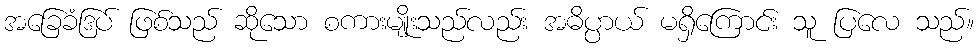
အခြေခံဒြပ် ဖြစ်သည် ဆိုသော စကားမျိုးသည်လည်း အဓိပ္ပာယ် မရှိကြောင်း သူ ပြလေ သည်။